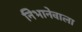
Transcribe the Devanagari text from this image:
निभानेवाला